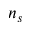
n _ { s }